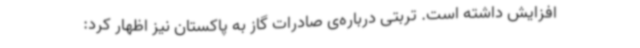
افزایش داشته است. تربتی درباره‌ی صادرات گاز به پاکستان نیز اظهار کرد: